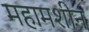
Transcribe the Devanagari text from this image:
महामशीन